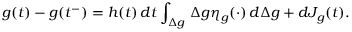
g ( t ) - g ( t ^ { - } ) = h ( t ) \, d t \int _ { \Delta g } \, \Delta g \eta _ { g } ( \cdot ) \, d \Delta g + d J _ { g } ( t ) .